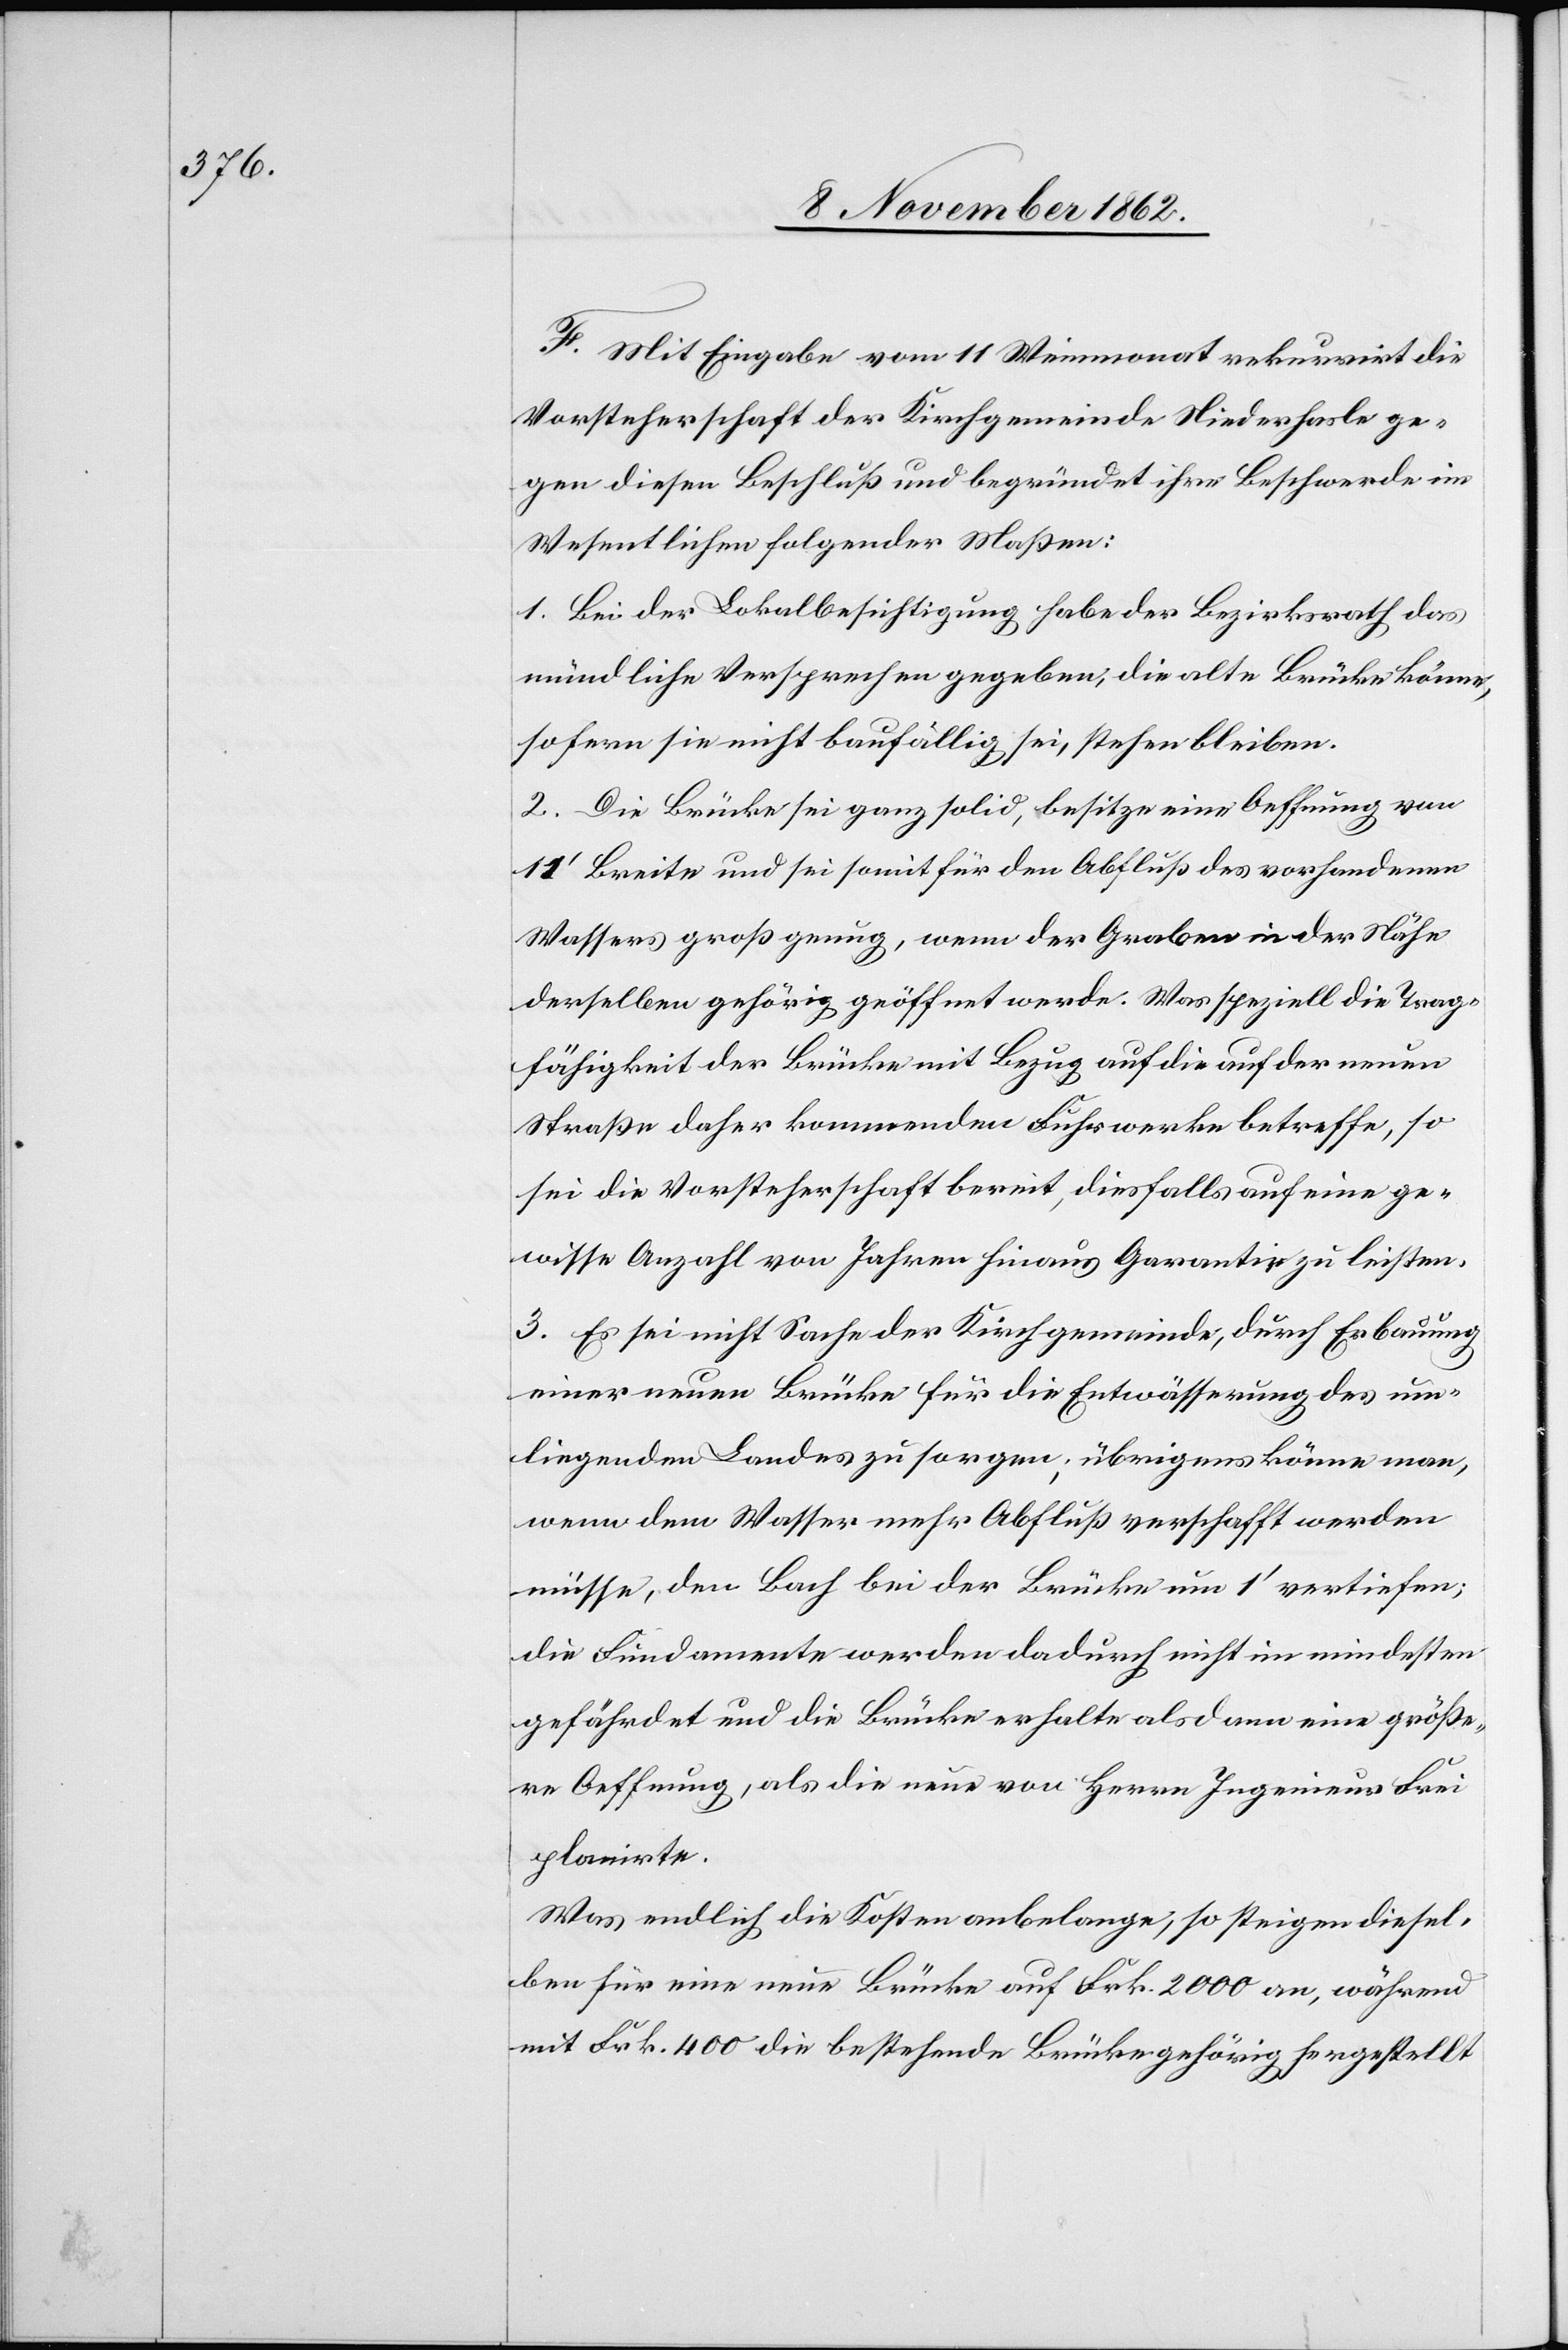
F. Mit Eingabe vom 11. Weinmonat rekurrirt die
Vorsteherschaft der Kirchgemeinde Niederhasle ge¬
gen diesen Beschluß und begründet ihre Beschwerde im
Wesentlichen folgender Maßen:
1. Bei der Lokalbesichtigung habe der Bezirksrath das
mündliche Versprechen gegeben, die alte Brücke könne,
sofern sie nicht baufällig sei, stehen bleiben.
2. Die Brücke sei ganz solid, besitze eine Oeffnung von
11’ Breite und sei somit für den Abfluß des vorhandenen
Wassers groß genug, wenn der Graben in der Nähe
derselben gehörig geöffnet werde. Was speziell die Trag¬
fähigkeit der Brücke mit Bezug auf die auf der neuen
Straße daher kommenden Fuhrwerke betreffe, so
sei die Vorsteherschaft bereit, diesfalls auf eine ge¬
wisse Anzahl von Jahren hinaus Garantie zu leisten.
3. Es sei nicht Sache der Kirchgemeinde, durch Erbauung
einer neuen Brücke für die Entwässerung des um¬
liegenden Landes zu sorgen; übrigens könne man,
wenn dem Wasser mehr Abfluß verschafft werden
müsse, den Bach bei der Brücke um 1’ vertiefen;
die Fundamente werden dadurch nicht im mindestens
gefährdet und die Brücke erhalte als dann eine größe¬
re Oeffnung, als die neue von Herrn Ingenieur Frei
planirte.
Was endlich die Kosten anbelange, so steigen diesel¬
ben für eine neue Brücke auf Frk. 2000 an, während
mit Frk. 400 die bestehende Brücke gehörig hergestellt